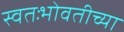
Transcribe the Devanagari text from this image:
स्वतःभोवतीच्या